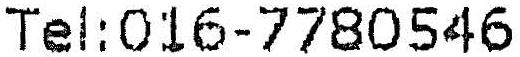
TEL:016-7780546